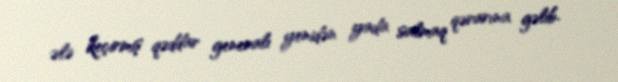
ələ keçirmiş qəddar generalı yenidən yada salmaq qərarına gəlib.